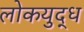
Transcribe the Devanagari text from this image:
लोकयुद्ध